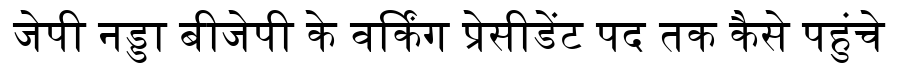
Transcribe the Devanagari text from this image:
जेपी नड्डा बीजेपी के वर्किंग प्रेसीडेंट पद तक कैसे पहुंचे